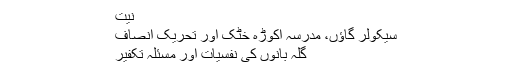
نیت
سیکولر گاؤں، مدرسہ اکوڑہ خٹک اور تحریک انصاف
گلہ بانوں کی نفسیات اور مسئلۂ تکفیر